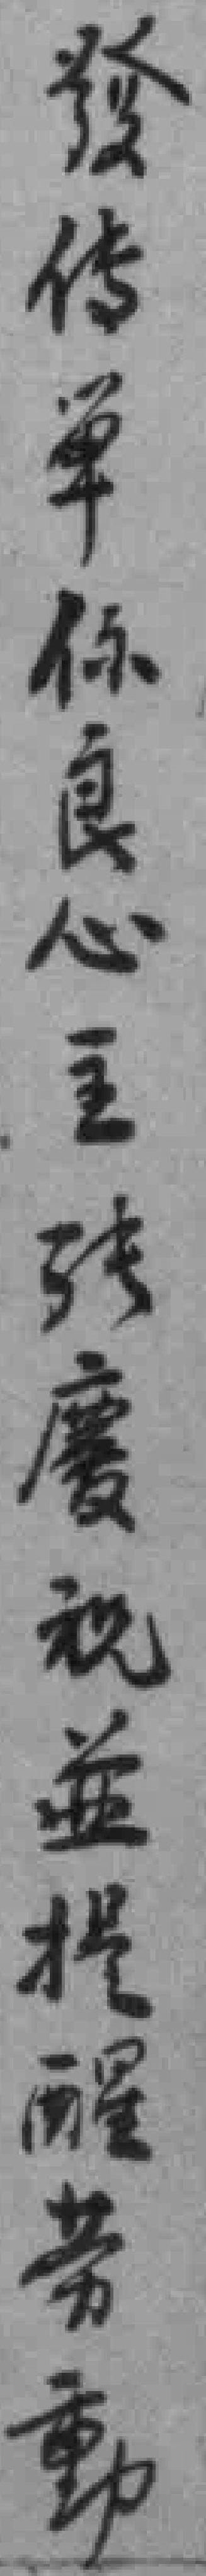
發传单係良心主張慶祝並提醒劳動